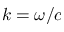
k = \omega / c